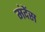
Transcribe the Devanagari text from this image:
मंदेंस